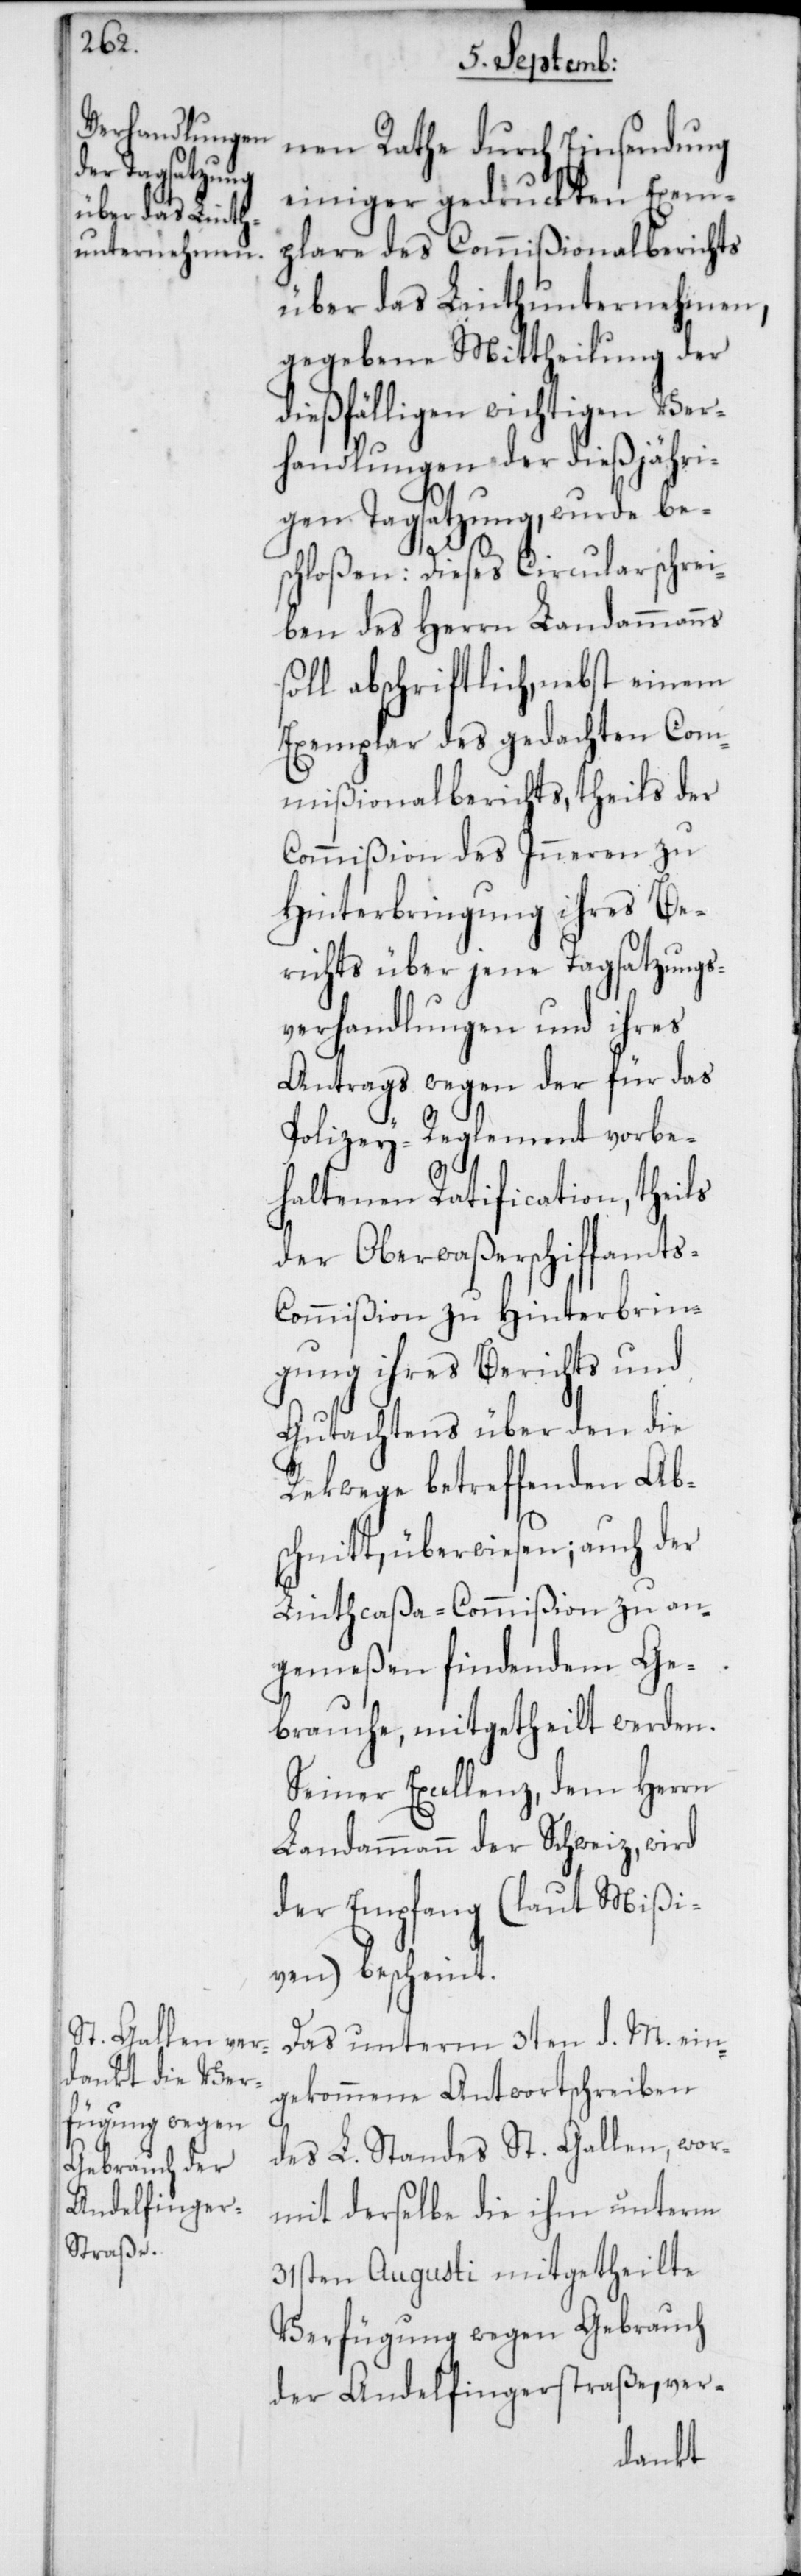
nen Rathe durch Einsendung
einiger gedruckten Exem¬
plare des Commißionalberichts
über das Linthunternehmen,
gegebene Mittheilung der
dießfälligen wichtigen Ver¬
handlungen der dießjähri¬
gen Tagsatzung, wurde be¬
schloßen: Dieses Circularschrei¬
ben des Herrn Landammanns
soll abschriftlich, nebst einem
Exemplar des gedachten Com¬
mißionalberichts, theils der
Commißion des Inneren zu
Hinterbringung ihres Be¬
richts über jene Tagsatzungs¬
verhandlungen und ihres
Antrags wegen der für das
Polizey-Reglement vorbe¬
haltenen Ratification, theils
der Oberwaßerschiffamts-C¬
ommißion zu Hinterbrin¬
gung ihres Berichts und
Gutachtens über den die
Rekwege betreffenden Ab¬
schnitt, überwiesen; auch der
Linthcaßa-Commißion zu an¬
gemeßen findendem Ge¬
brauche, mitgetheilt werden.
Seiner Excellenz, dem Herrn
Landammann der Schweiz, wird
der Empfang (laut Mißi¬
ven) bescheint.
Das unterm 3ten d. M. ein¬
gekommene Antwortschreiben
des L. Standes St. Gallen, wor¬
mit derselbe die ihm unterm
31sten Augusti mitgetheilte
Verfügung wegen Gebrauch
der Andelfingerstraße, ver-